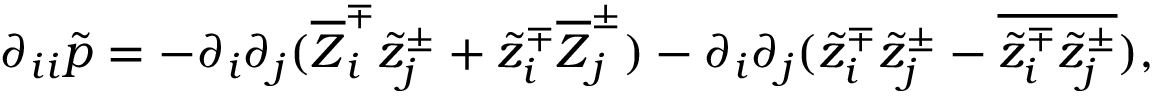
\partial _ { i i } \tilde { p } = - \partial _ { i } \partial _ { j } ( \overline { { Z } } _ { i } ^ { \mp } \tilde { z } _ { j } ^ { \pm } + \tilde { z } _ { i } ^ { \mp } \overline { { Z } } _ { j } ^ { \pm } ) - \partial _ { i } \partial _ { j } ( \tilde { z } _ { i } ^ { \mp } \tilde { z } _ { j } ^ { \pm } - \overline { { \tilde { z } _ { i } ^ { \mp } \tilde { z } _ { j } ^ { \pm } } } ) ,